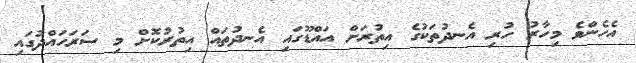
އެހެންވެ މިހާރު ހުރި އެނދުތަކުގެ އިތުރަށް އައްޑޫގައި އެނދުތައް އިތުރުކޮށް މި ސަރަހައްދުގައި